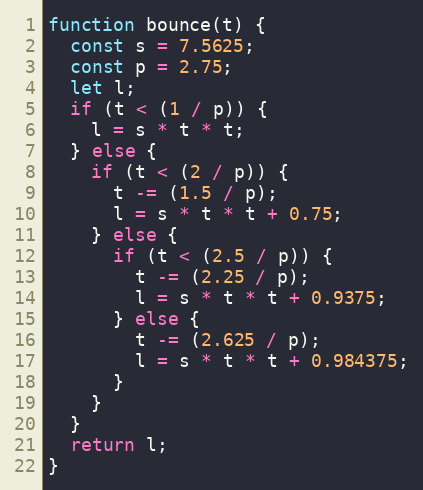
Language: JavaScript
function bounce(t) {
  const s = 7.5625;
  const p = 2.75;
  let l;
  if (t < (1 / p)) {
    l = s * t * t;
  } else {
    if (t < (2 / p)) {
      t -= (1.5 / p);
      l = s * t * t + 0.75;
    } else {
      if (t < (2.5 / p)) {
        t -= (2.25 / p);
        l = s * t * t + 0.9375;
      } else {
        t -= (2.625 / p);
        l = s * t * t + 0.984375;
      }
    }
  }
  return l;
}